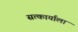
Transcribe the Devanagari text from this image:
सत्कार्याला